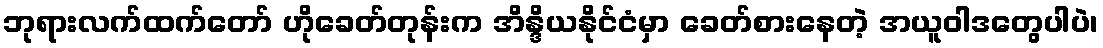
ဘုရားလက်ထက်တော် ဟိုခေတ်တုန်းက အိန္ဒိယနိုင်ငံမှာ ခေတ်စားနေတဲ့ အယူဝါဒတွေပါပဲ၊